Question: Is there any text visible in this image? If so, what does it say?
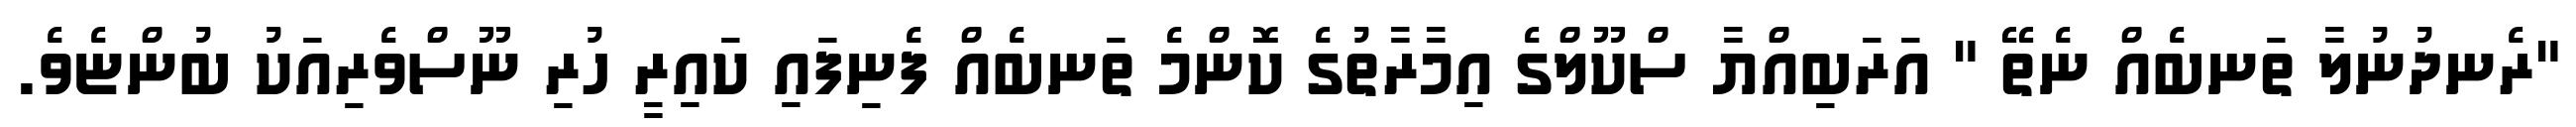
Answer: "ރެނދުނުލާ ތަނބެއް ނެތޭ " އަރަބިއްޔާ ސްކޫލްގެ އިމާރާތުގެ ކޮންމެ ތަނބެއް ފެނިފައި ކައިރީ ހުރި ނޫސްވެރިއަކު ބުންޏެވެ.